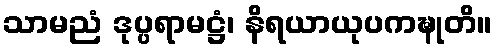
သာမညံ ဒုပ္ပရာမဋ္ဌံ၊ နိရယာယုပကဍ္ဎုတိ။